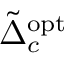
\tilde { \Delta } _ { c } ^ { \mathrm { { o p t } } }